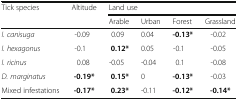
<table><thead><tr><td rowspan="2"><b>Tick species</b></td><td rowspan="2"><b>Altitude</b></td><td colspan="4"><b>Land use</b></td></tr><tr><td><b>Arable</b></td><td><b>Urban</b></td><td><b>Forest</b></td><td><b>Grassland</b></td></tr></thead><tbody><tr><td><i>I. canisuga</i></td><td>-0.09</td><td>0.09</td><td>0.04</td><td><b>-0.13*</b></td><td>-0.02</td></tr><tr><td><i>I. hexagonus</i></td><td>-0.1</td><td><b>0.12*</b></td><td>0.05</td><td>-0.1</td><td>-0.05</td></tr><tr><td><i>I. ricinus</i></td><td>0.08</td><td>-0.05</td><td>-0.04</td><td>0.1</td><td>-0.08</td></tr><tr><td><i>D. marginatus</i></td><td><b>-0.19*</b></td><td><b>0.15*</b></td><td>0</td><td><b>-0.13*</b></td><td>-0.03</td></tr><tr><td>Mixed infestations</td><td><b>-0.17*</b></td><td><b>0.23*</b></td><td>-0.11</td><td><b>-0.12*</b></td><td><b>-0.14*</b></td></tr></tbody></table>